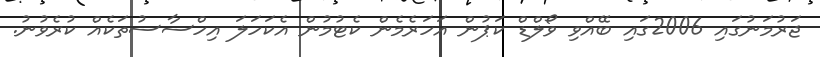
ޖަރުމަނުގައި 2006ގައި ބޭއްވި ވޯލްޑް ކަޕުން އަހަރެމެން ކެޓުމުން އެކަހަލަ އިހްސާސުތަކެއް ކުރެވުނު.